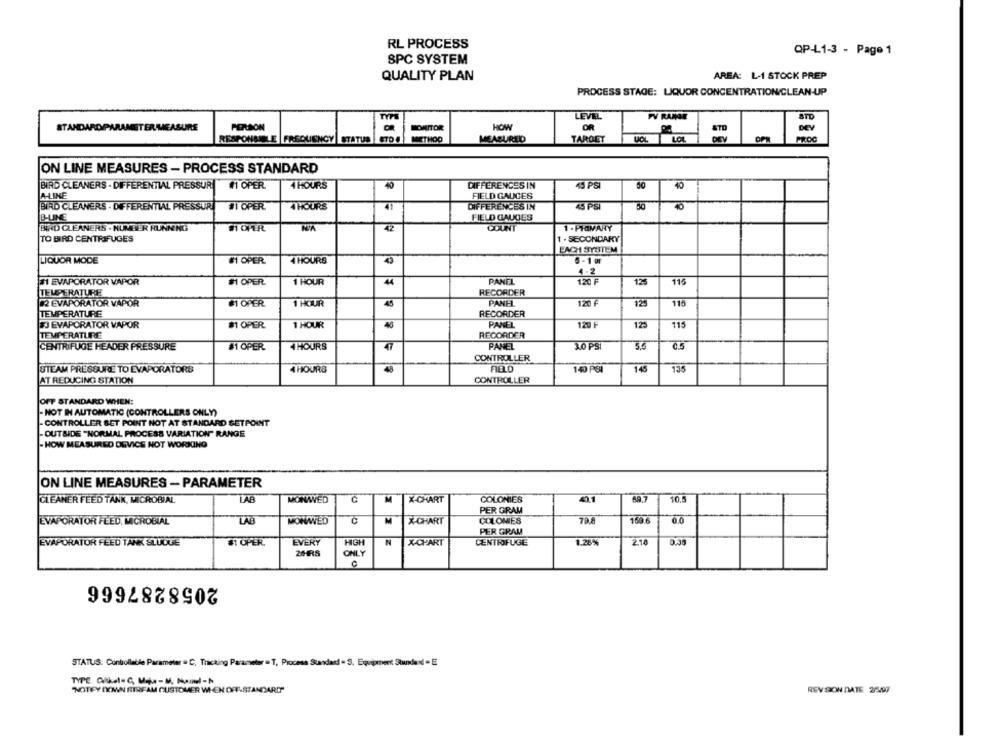
RL PROCESS
QP-L1-3 - Page 1
SPC SYSTEM
AREA: L-1 STOCK PREP
QUALITY PLAN
PROCESS STAGE: LIQUOR CONCENTRATION/CLEAN-UP
LEVEL
PV RANGE
STO
STANDARDIPARAMETER MEASURE
PERSON
MONITOR
HOW
OR
DEV
RESPONSIBLE FREQUENCY STATUS STO (
METHOO
MEABURILID
TARGET
PROC
ON LINE MEASURES - PROCESS STANDARD
BIRD CLEANERS - DIFFERENTIAL PRESSUR
#1 OPER
4 HOURS
40
DIFFERENCES IN
43 PSI
50
40
A-LINE
FIELD GAUGES
BIRD CLEANERS . DIFFERENTIAL PRESSUR
#1 OPER
4 HOURS
49
DIFFERENCES IN
45 PSI
B-LINE
FIELD GAUGES
END CLEANERS . NUMBER RUNNING
42
COUNT
1 -PIOMANY
TO BIRD CENTRIFUGES
1 . SECONDARY
LIQUOR MODE
#1 OPER
4 HOURS
5-1 r
4.2
#1 EVAPORATOR VAPOR
#1 OPER
1 HOUR
44
PANEL
120 F
125
115
TEMPERATURE
RECORDER
2 EVAPORATOR VAPOR
#1 OPER
1 HOUR
45
PANEL
120 €
125
110
RECORDER
TEMPERATURE
BJ EVAPORATOR VAPOR
#1 OPER
1 HOUR
PANEL
120 F
125
115
TEMPERATURE
RECORDER
CENTRIFUGE HEADER PRESSURE
# OPER
4 HOURS
47
PANEL
3.0 PS
CONTROLLER
STEAM PRESSURE TO EVAPORATORS
4 HOURS
FIELD
140 PSI
145
135
AT REDUCING STATION
CONTROLLER
OFF STANDARD WHEN:
- NOT IN AUTOMATIC (CONTROLLERS ONLY)
CONTROLLER SET POINT NOT AT STANDARD SETPOINT
- OUTSIDE "NORMAL PROCESS VARIATION" RANGE
- HOW MEASURED DEVICE NOT WORKING
ON LINE MEASURES - PARAMETER
LAS
41.1
10.5
CLEANER FEED TANK, MICROBIAL
MONAVED
M
X-CHART
COLONIES
PER GRAM
LAD
MONWED
M
X-CHART
COLOMES
79.8
EVAPORATOR FLED, MICROBIAL
PER GRAM
EVAPORATOR FEED TANK SLUDGE
#1 OPER.
EVERY
HIGH
N
X-CHART
CENTROFUGE
1.26%
2.18
0.35
2HRS
ONLY
2058287666
STATUS: Controllable Parameter = C, Tracking Parameter = T, Procesa Standard = 5, Equipment Stunned - E
NOTIFY OMN BIRFAM CUSTOMER WHEN OFF-STANDARD"
REVISION DATE 2547